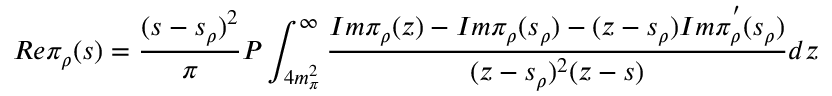
R e \pi _ { \rho } ( s ) = \frac { ( s - s _ { \rho } ) ^ { 2 } } { \pi } P \int _ { 4 m _ { \pi } ^ { 2 } } ^ { \infty } \frac { I m \pi _ { \rho } ( z ) - I m \pi _ { \rho } ( s _ { \rho } ) - ( z - s _ { \rho } ) I m \pi _ { \rho } ^ { ' } ( s _ { \rho } ) } { ( z - s _ { \rho } ) ^ { 2 } ( z - s ) } d z